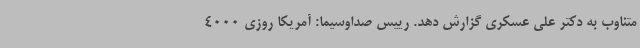
متناوب به دکتر علی عسکری گزارش دهد. رییس صداوسیما: آمریکا روزی 4000